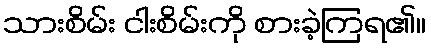
သားစိမ်း ငါးစိမ်းကို စားခဲ့ကြရ၏။